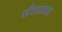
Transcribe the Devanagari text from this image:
सँवाददाता